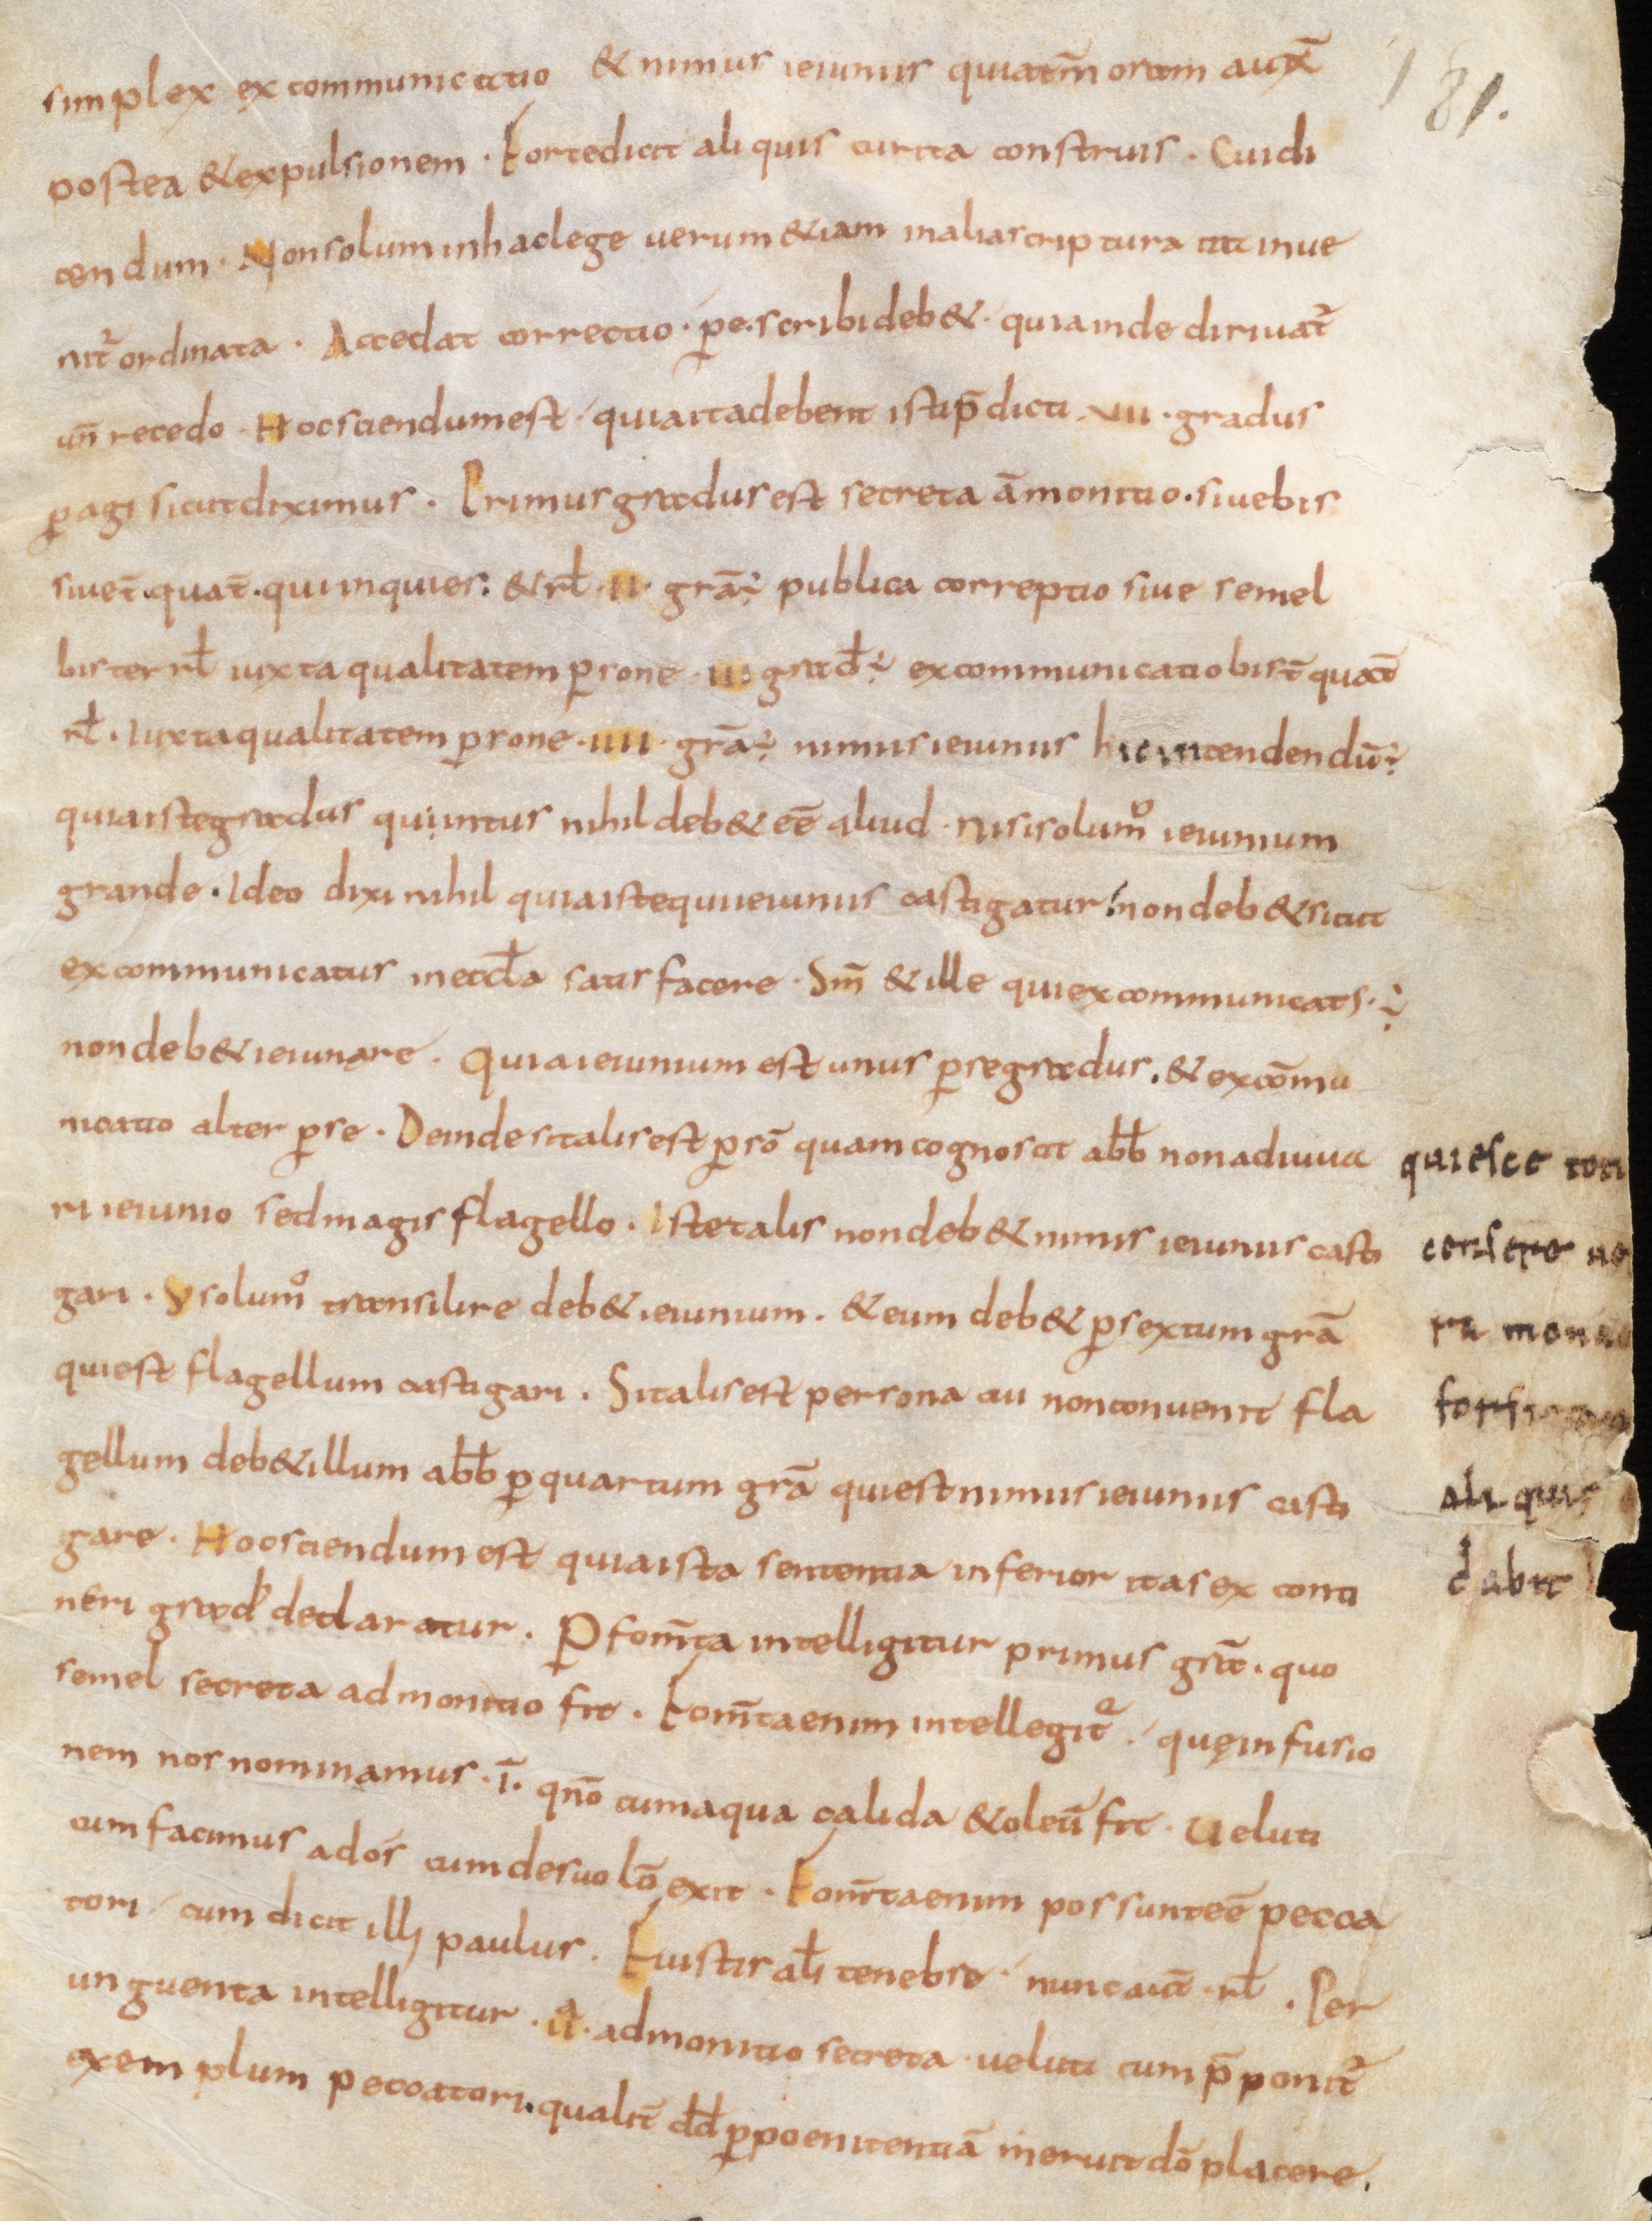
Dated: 800–899